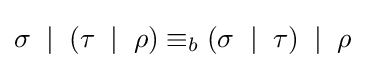
\sigma \;\mid \;(\tau \;\mid \;\rho )\equiv _{b}(\sigma \;\mid \;\tau )\;\mid \;\rho